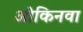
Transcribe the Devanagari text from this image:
ओकिनवा